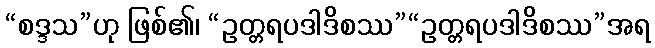
“စဒ္ဒသ”ဟု ဖြစ်၏၊ “ဥတ္တရပဒါဒိစဿ”“ဥတ္တရပဒါဒိစဿ”အရ